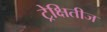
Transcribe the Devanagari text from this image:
ट्रेक्षितीज